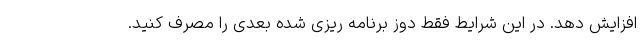
افزایش دهد. در این شرایط فقط دوز برنامه ریزی شده بعدی را مصرف کنید.